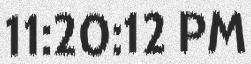
11:20:12 PM